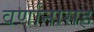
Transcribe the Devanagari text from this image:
वर्णानासह